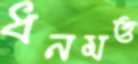
ধনমত্ত